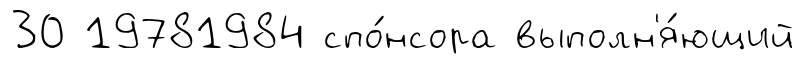
30 19781984 спо́нсора выполн'я́ющий